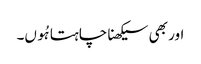
اور بھی سیکھنا چاہتا ہُوں۔